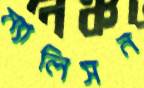
ম্যালিসন